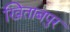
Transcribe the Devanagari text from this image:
खिताबपुर